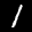
Label: 1